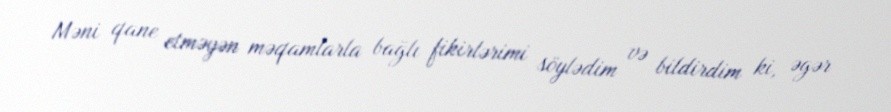
Məni qane etməyən məqamlarla bağlı fikirlərimi söylədim və bildirdim ki, əgər